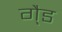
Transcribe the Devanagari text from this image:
गै्ड